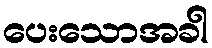
ပေးသောအခါ